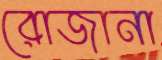
রোজানা